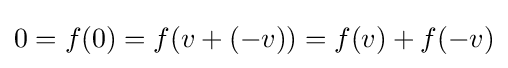
0=f(0)=f(v+(-v))=f(v)+f(-v)